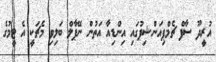
އުރީދޫ ސާފް ޗެމްޕިއަންޝިޕުގައި އިންޑިއާ އަތުން ނޭޕާލް ބަލިވި މެޗަކީ އެ ޓީމުގެ